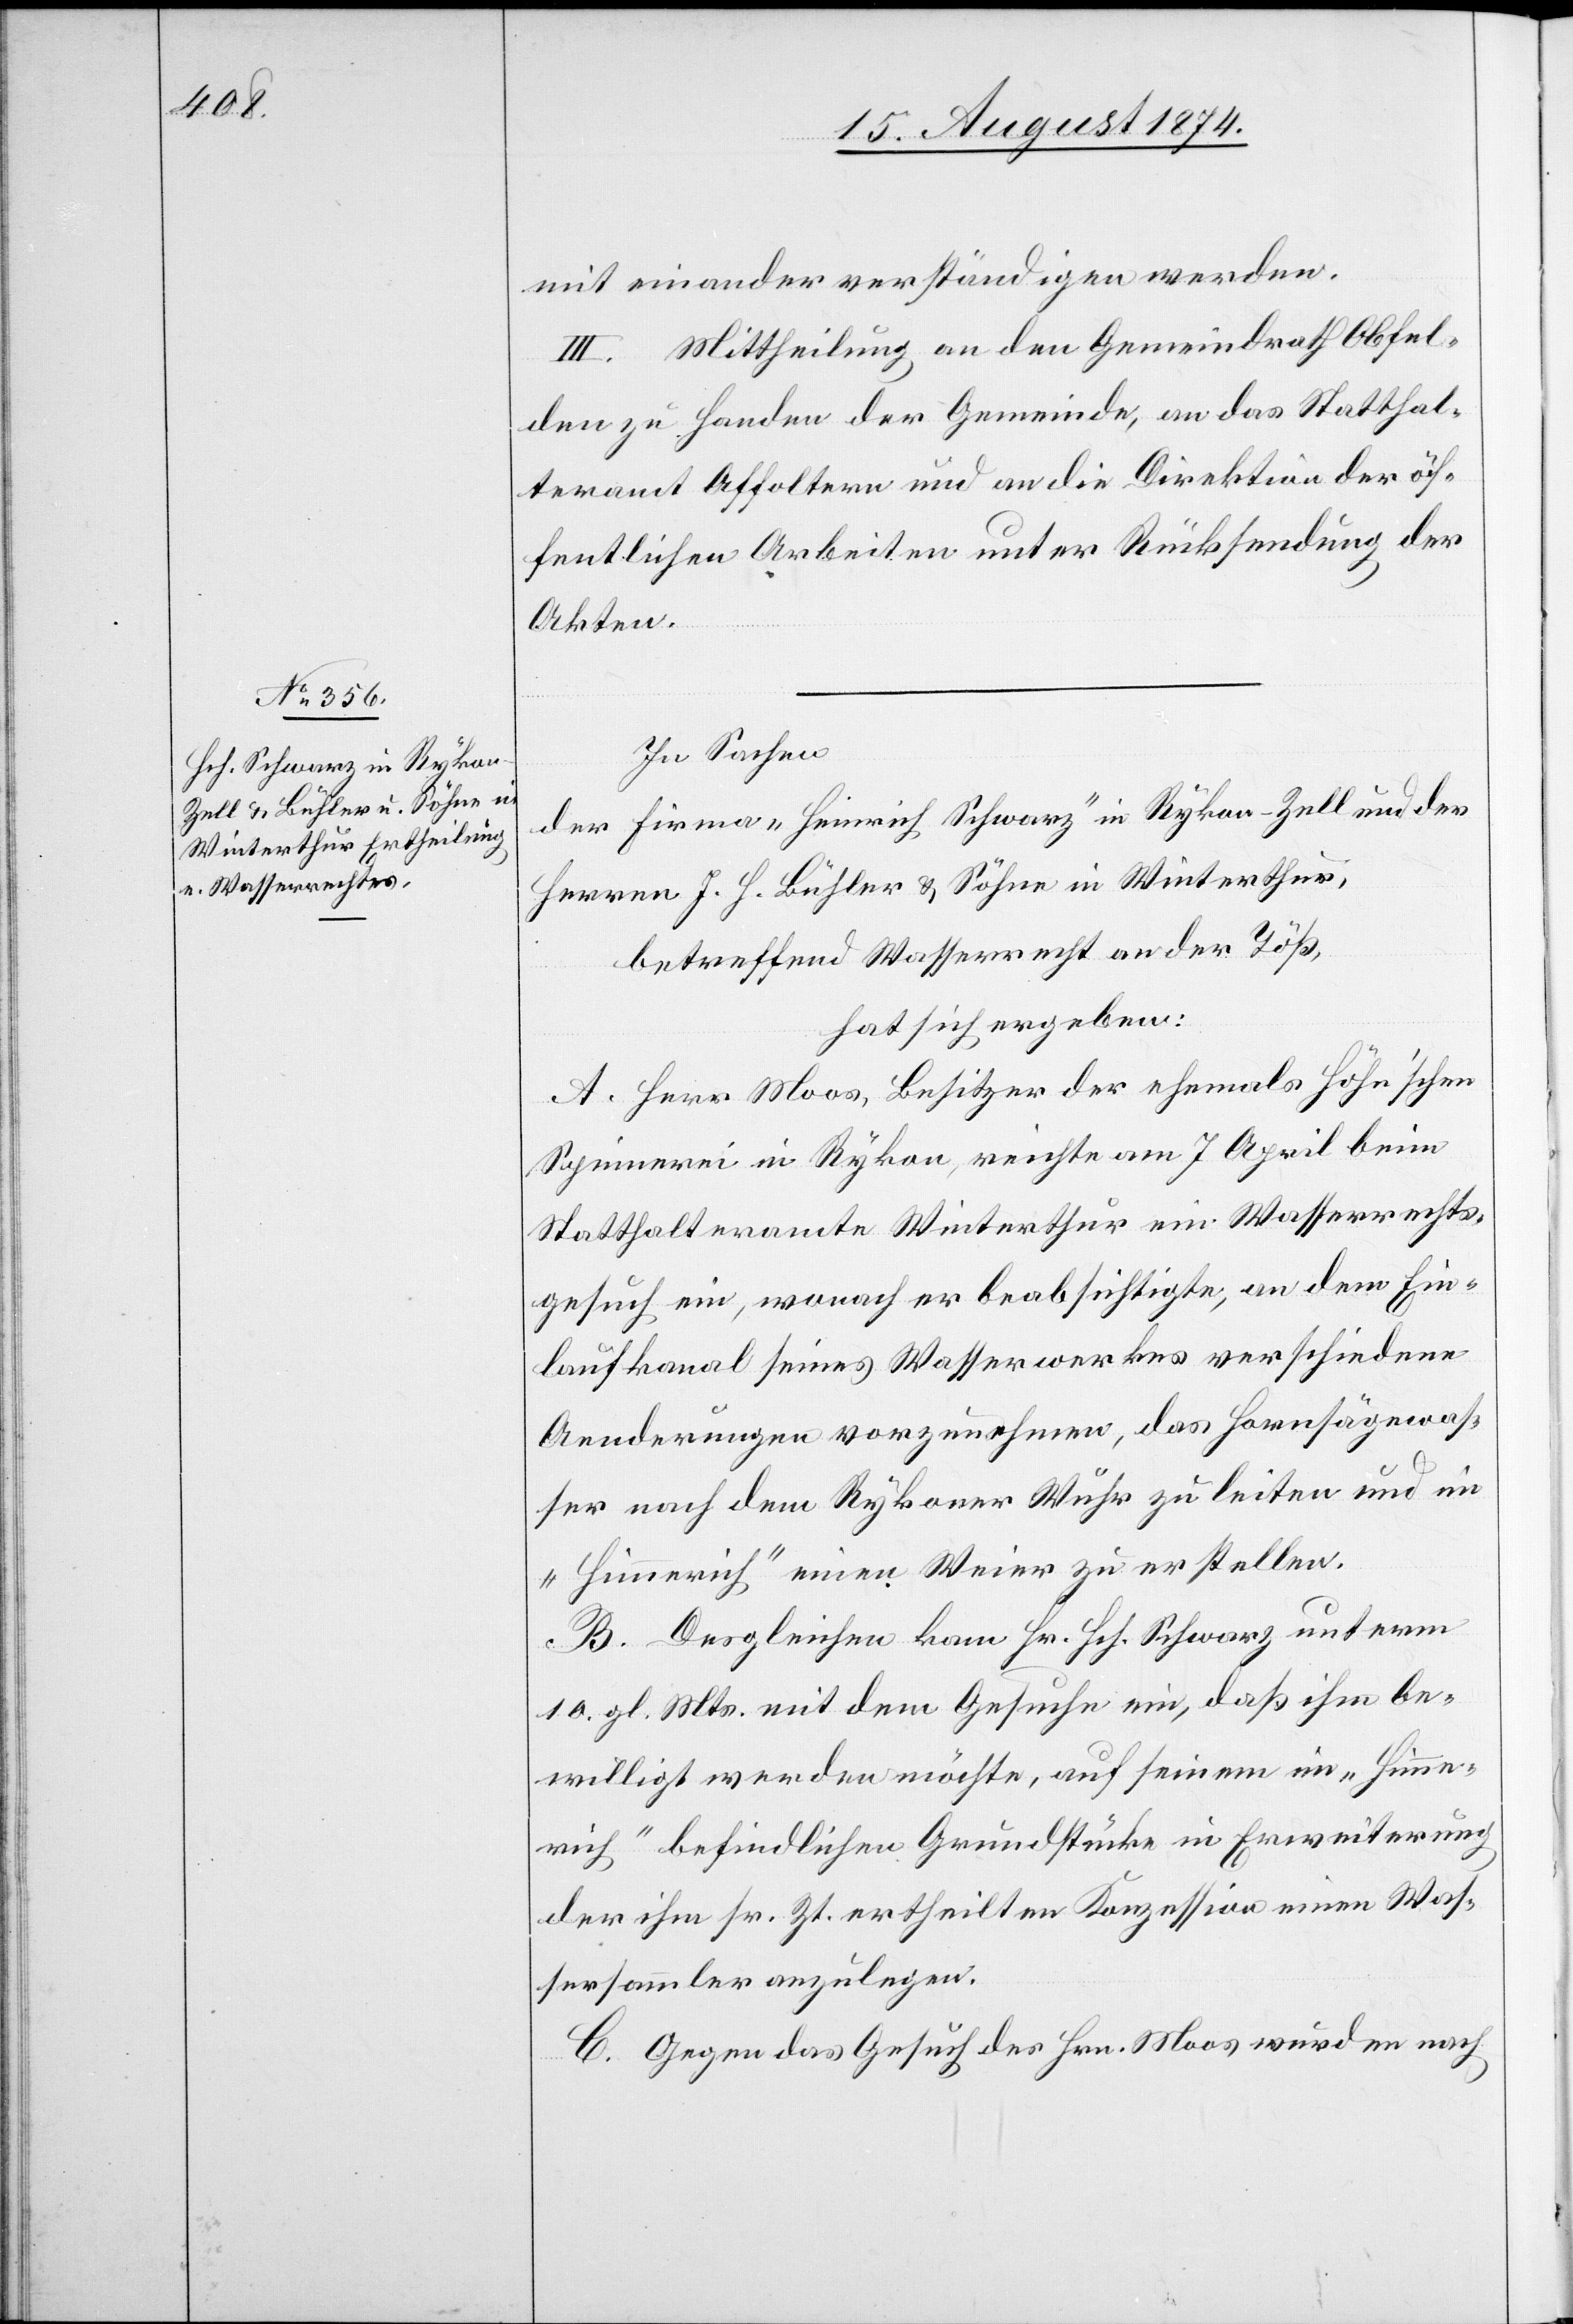
mit einander verständigen werden.
III. Mittheilung an den Gemeindrath Obfel¬
den zu Handen der Gemeinde, an das Statthal¬
teramt Affoltern und an die Direktion der öf¬
fentlichen Arbeiten unter Rücksendung der
Akten.
In Sachen
der Firma „Heinrich Schwarz“ in Rykon-Zell und der
Herren J. H. Bühler u. Söhne in Winterthur,
betreffend Wasserrecht an der Töß,
hat sich ergeben:
A. Herr Moos, Besitzer der ehemals Höhn’schen
Spinnerei in Rykon, reichte am 7. April beim
Statthalteramte Winterthur ein Wasserrechts¬
gesuch ein, wonach er beabsichtigte, an dem Ein¬
laufkanal seines Wasserwerkes verschiedene
Aenderungen vorzunehmen, das Hornsägewas¬
ser nach dem Rykoner Wuhr zu leiten und im
„Himmerich“ einen Weier zu erstellen.
B. Desgleichen kam Hr. Hch. Schwarz unterm
10. gl. Mts. mit dem Gesuche ein, daß ihm be¬
willigt werden möchte, auf seinem im „Hein¬
rich“ befindlichen Grundstücke in Erweiterung
der ihm sr. Zt. ertheilten Konzession einen Was¬
sersammler anzulegen.
C. Gegen das Gesuch des Hrn. Moos wurden nach